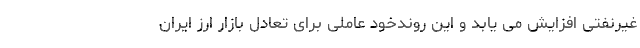
غیرنفتی افزایش می یابد و این روندخود عاملی برای تعادل بازار ارز ایران